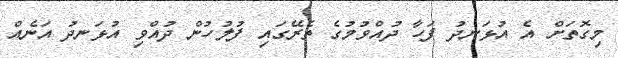
މިގޮތަށް އެ އުޅަނދު ފަހާ ދުއްވުމުގެ ތެރޭގައި ފުލުހުން ދުއްވި އުޅަނދު އަނެއް